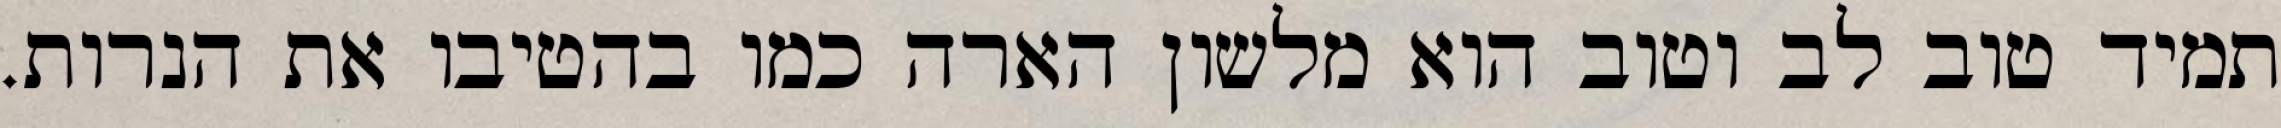
תמיד טוב לב וטוב הוא מלשון הארה כמו בהטיבו את הנרות.